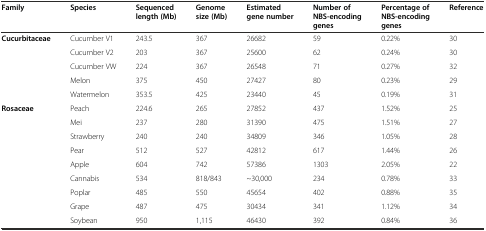
<table><thead><tr><td><b>Family</b></td><td><b>Species</b></td><td><b>Sequenced length (Mb)</b></td><td><b>Genome size (Mb)</b></td><td><b>Estimated gene number</b></td><td><b>Number of NBS-encoding genes</b></td><td><b>Percentage of NBS-encoding genes</b></td><td><b>Reference</b></td></tr></thead><tbody><tr><td rowspan="5"><b>Cucurbitaceae</b></td><td>Cucumber V1</td><td>243.5</td><td>367</td><td>26682</td><td>59</td><td>0.22%</td><td>30</td></tr><tr><td>Cucumber V2</td><td>203</td><td>367</td><td>25600</td><td>62</td><td>0.24%</td><td>30</td></tr><tr><td>Cucumber VW</td><td>224</td><td>367</td><td>26548</td><td>71</td><td>0.27%</td><td>32</td></tr><tr><td>Melon</td><td>375</td><td>450</td><td>27427</td><td>80</td><td>0.23%</td><td>29</td></tr><tr><td>Watermelon</td><td>353.5</td><td>425</td><td>23440</td><td>45</td><td>0.19%</td><td>31</td></tr><tr><td rowspan="5"><b>Rosaceae</b></td><td>Peach</td><td>224.6</td><td>265</td><td>27852</td><td>437</td><td>1.52%</td><td>25</td></tr><tr><td>Mei</td><td>237</td><td>280</td><td>31390</td><td>475</td><td>1.51%</td><td>27</td></tr><tr><td>Strawberry</td><td>240</td><td>240</td><td>34809</td><td>346</td><td>1.05%</td><td>28</td></tr><tr><td>Pear</td><td>512</td><td>527</td><td>42812</td><td>617</td><td>1.44%</td><td>26</td></tr><tr><td>Apple</td><td>604</td><td>742</td><td>57386</td><td>1303</td><td>2.05%</td><td>22</td></tr><tr><td></td><td>Cannabis</td><td>534</td><td>818/843</td><td>~30,000</td><td>234</td><td>0.78%</td><td>33</td></tr><tr><td></td><td>Poplar</td><td>485</td><td>550</td><td>45654</td><td>402</td><td>0.88%</td><td>35</td></tr><tr><td></td><td>Grape</td><td>487</td><td>475</td><td>30434</td><td>341</td><td>1.12%</td><td>34</td></tr><tr><td></td><td>Soybean</td><td>950</td><td>1,115</td><td>46430</td><td>392</td><td>0.84%</td><td>36</td></tr></tbody></table>